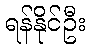
ရန်နိုင်ဦး